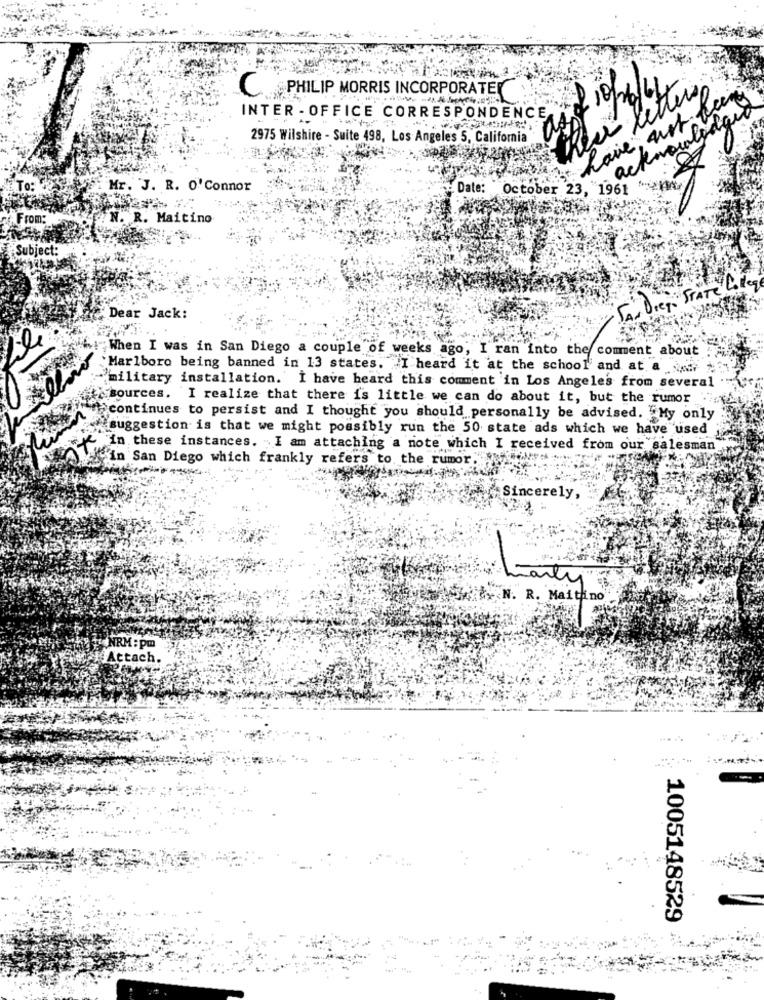
PHILIP MORRIS INCORPORATEK
Thea letters
have, art being
INTER - OFFICE CORRESPONDENCE
acknowledge
2975 Wilshire - Suite 498, Los Angeles 5, California
Mr. J. R. O' Connor
Date: October 23, "1961
From:
N. R. Maitino
Subject:
.: STATE Lifey
Dear Jack:
,When I was in San Diego a couple of weeks ago, I ran into the comment about
`Marlboro being banned in 13 states. I heard it at the school and at a
military installation. I have heard this comment in Los Angeles from several
sources. I realize that there is little we can do about it, but the rumor ."
continues to persist and I thought you should personally be advised. My only
"suggestion is that we might possibly run the 50 state ads which we have used
"in these instances. I am attaching a note which I received from our salesman
"in San Diego which frankly refers to the rumor,
Sincerely,
arty
N. R. Maithino
NRM : pm
I Attach.
1005148529